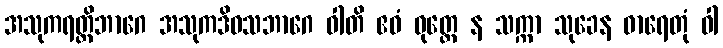
အသုကရတ္တိဘာဂေ အသုကဒိဝသဘာဂေ ဝါတိ ဧဝံ ဝုတ္တေ န သက္ကာ သုခေန ဓာရေတုံ ဝါ